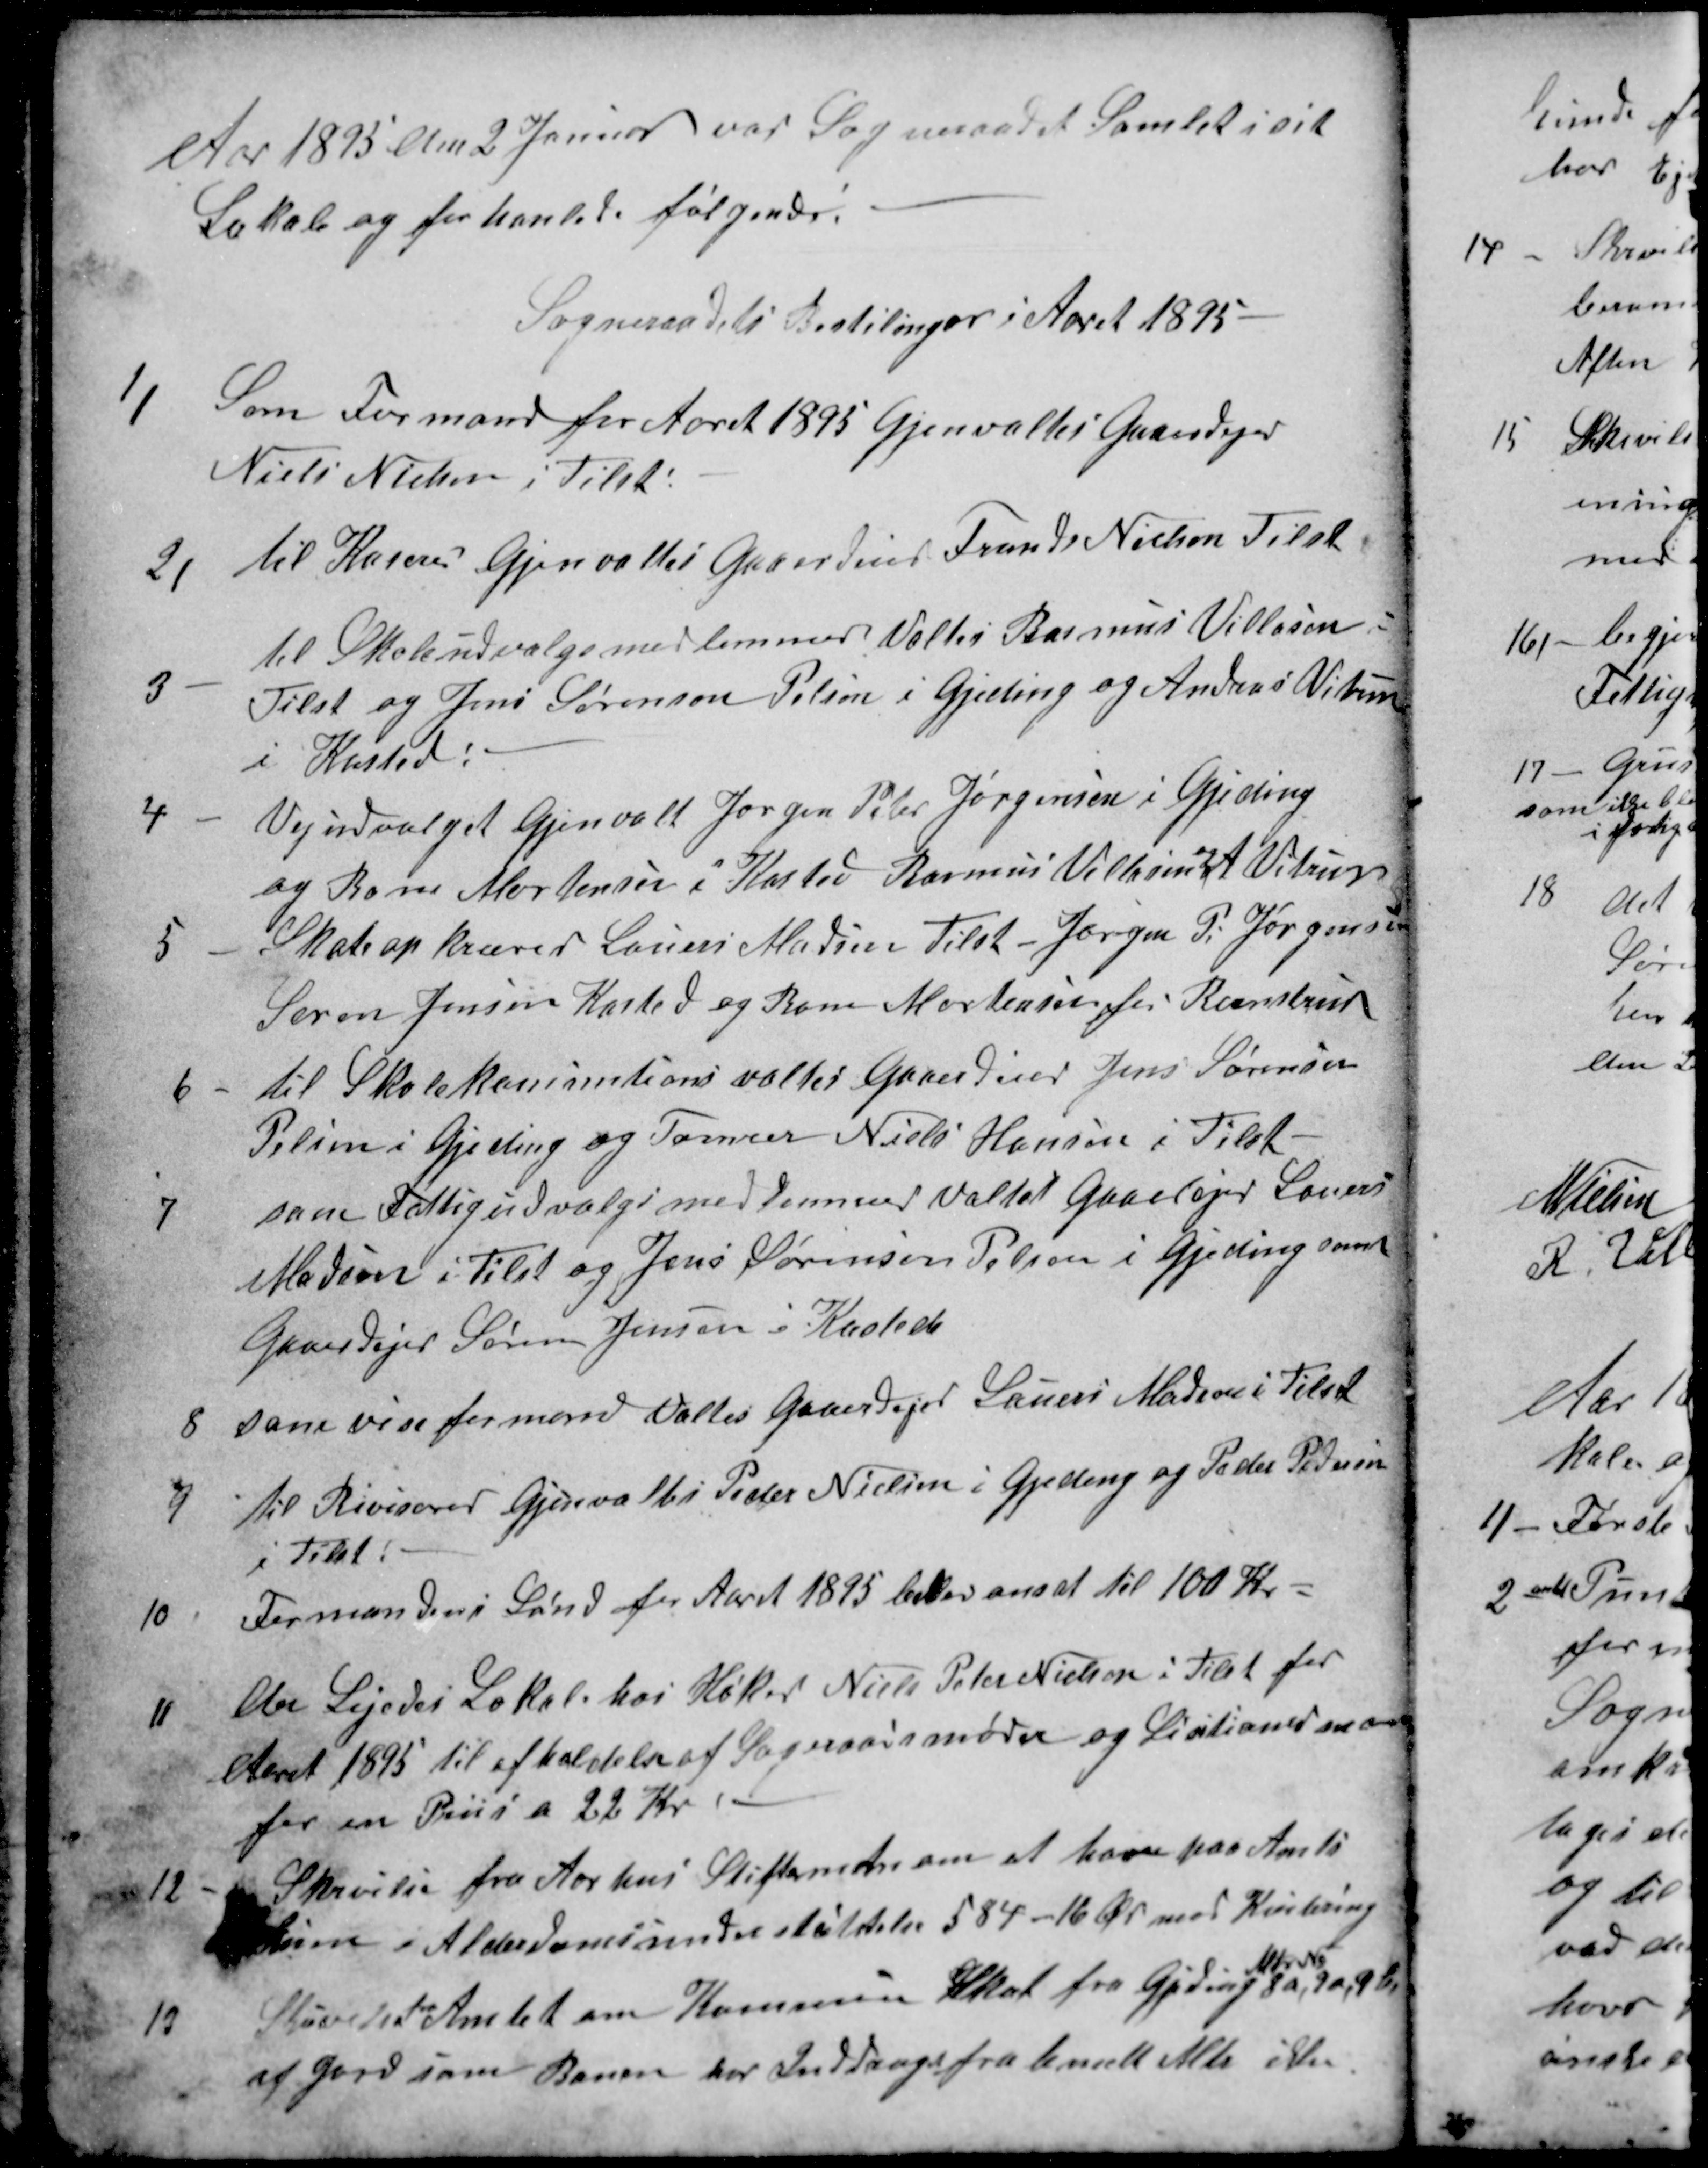
Transskription:
Aar 1895 den 2 Januar var Sogneraadet Samlet i sit
Lokale og forhanlede følgende:
Sogneraadets Bestilinger i Aaret 1895
1)
Som Formand for Aaret 1895 Gjenvaltes Gaardejer
Niels Nielsen i Tilst
2)
til Kaserer Gjenvaltes Gaardeier Frands Nielsen Tilst.
3
til Skoleudvalgsmedlemmer Valtes Rasmus Villasen
Tilst og Jens Sørensen Pelsen i Gjeding og Andreas Vitrup
i Kasted:
4
Vejudvalget Gjenvalt Jørgen Peter Jørgensen i Gjeding
og Bone Mortensen i Kasted Rasmus Villasen
og
A Vitrup
5
Skateopkræver Lauers Madsen Tilst - Jørgen P. Jørgensen
Søren Jensen Kasted og Bone Mortensen for Brenstrup
6
til Skolekomintions valtes Gaardeier Jens Sørensen
Pelsen i Gjeding og Tømrer Niels Hansen i Tilst
7
som Fattigudvalgsmedlemmer Valtes Gaardejer Lauers
Madsen i Tilst og Jens Sørensen Pelsen i Gjeding samt
Gaardejer Søren Jensen i Kasted
8
som viseformand Valtes Gaardejer Lauers Madsen i Tilst
9
til Rivisorer Gjenvaltes Peder Nielsen i Gjeding og Peder Pedersen
i Tilst:
10
Formandens Lønd for Aaret 1895 blev ansat til 100 Kr.
11
Der Lejedes Lokale hos Høker Niels Peter Nielsen i Tilst for
Aaret 1895 til afholdelse af Sogneraadsmøder og Lisitioner m m
for en Priis a 22 Kr
12
Skrivelse fra Aarhus Stiftamts om at hæve paa Amts
stuen i Alderdomsunderstøttelse 584 - 16 Øre mod Kvitering
13
Skrivelse
fra
Amtet om Kommune Skat fra Gjeding
Mtr. №
8a, 9a, 9b
af Jord som Banen har Inddrags fra bemelt Mtr. ikke